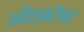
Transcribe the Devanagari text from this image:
अॅशक्रॉफ्ट